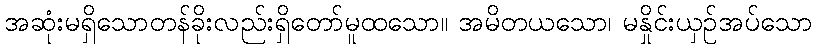
အဆုံးမရှိသောတန်ခိုးလည်းရှိတော်မူထသော။ အမိတယသော၊ မနှိုင်းယှဉ်အပ်သော